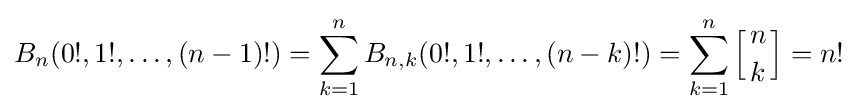
B_{n}(0!,1!,\dots ,(n-1)!)=\sum _{k=1}^{n}B_{n,k}(0!,1!,\dots ,(n-k)!)=\sum _{k=1}^{n}\left[{n \atop k}\right]=n!